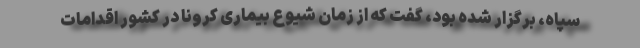
سپاه، برگزار شده بود، گفت که از زمان شیوع بیماری کرونا در کشور اقدامات